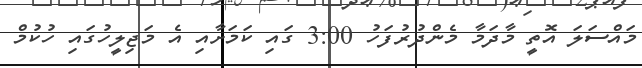
މައްސަލަ އޮތީ މާދަމާ މެންދުރުފަހު 3:00 ގައި ކަމަށާއި އެ މަޖިލީހުގައި ހުކުމް